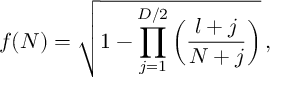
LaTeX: f ( N ) = \sqrt { 1 - \prod _ { j = 1 } ^ { D / 2 } \left( \frac { l + j } { N + j } \right) } \, ,